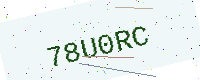
Text: 78U0RC